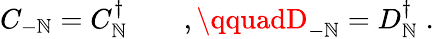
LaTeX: C_{-\mathbb{N}}=C_{\mathbb{N}}^{\dagger}\qquad,\qquadD_{-\mathbb{N}}=D_{\mathbb{N}}^{\dagger}\; .